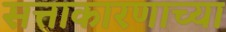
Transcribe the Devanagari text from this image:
सत्ताकारणाच्या